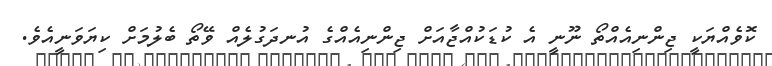
ކޮވެއްޔަކީ ޖިންނިއެއްތޯ ނޫނީ އެ ކުޑަކުއްޖާއަށް ޖިންނިއެއްގެ އުނދަގުލެއް ވޭތޯ ބެލުމަށް ކިޔަވަނީއެވެ.